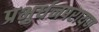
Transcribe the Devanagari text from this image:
प्रभुर्धनपरायण